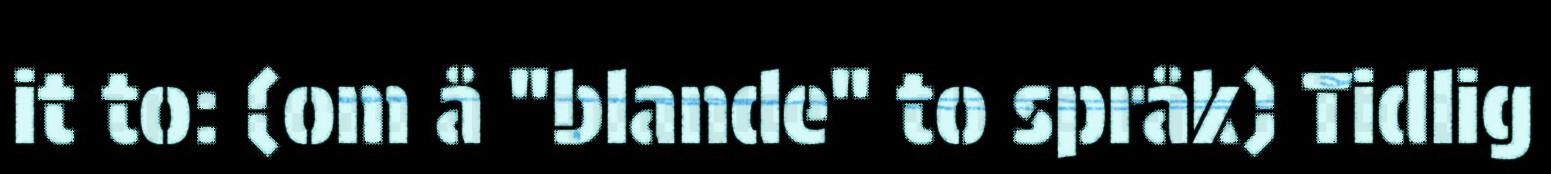
it to: (om å "blande" to språk) Tidlig